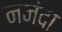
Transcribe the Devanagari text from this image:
ननंदा